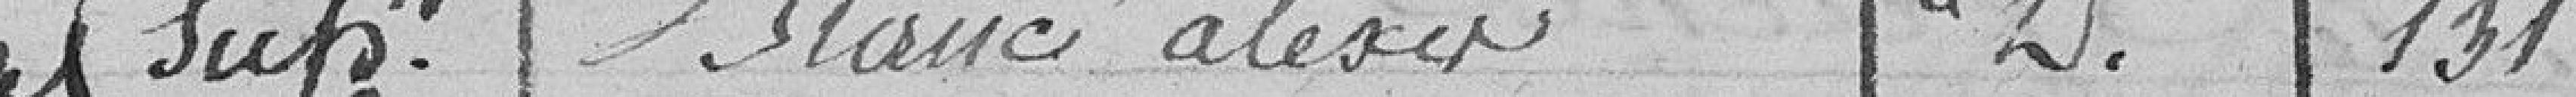
sup Blanc Alexis D 131